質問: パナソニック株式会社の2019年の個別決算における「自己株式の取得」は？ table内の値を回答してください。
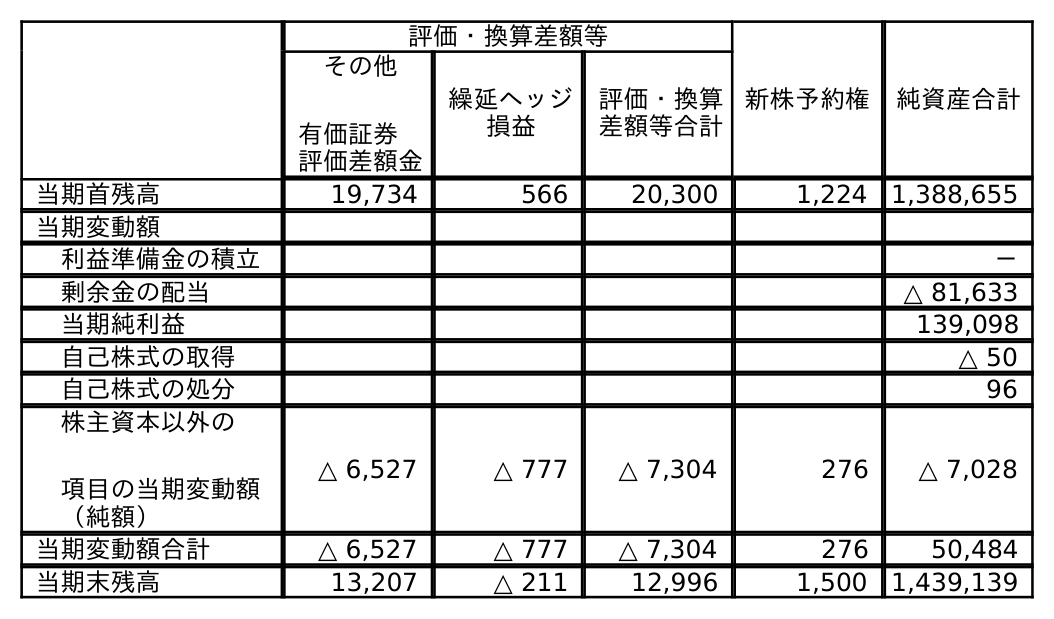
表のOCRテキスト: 評価・換算差額等 新株予約権 純資産合計 その他 有価証券  評価差額金 繰延ヘッジ 損益 評価・換算 差額等合計 当期首残高 19,734 566 20,300 1,224 1,388,655 当期変動額 利益準備金の積立 － 剰余金の配当 △ 81,633 当期純利益 139,098 自己株式の取得 △ 50 自己株式の処分 96 株主資本以外の 項目の当期変動額 （純額） △ 6,527 △ 777 △ 7,304 276 △ 7,028 当期変動額合計 △ 6,527 △ 777 △ 7,304 276 50,484 当期末残高 13,207 △ 211 12,996 1,500 1,439,139
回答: △50